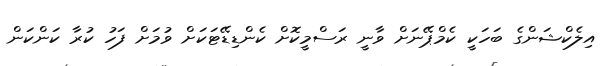
އިލެކްޝަންގެ ބަހަކީ ކެމްޕޭނަށް ވާނީ ރަސްމީކޮށް ކެންޑިޑޭޓަކަށް ވުމަށް ފަހު ކުރާ ކަންކަން